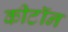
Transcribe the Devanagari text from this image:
कीटॉन